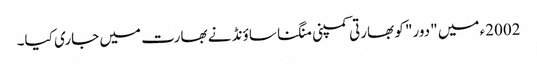
2002ء میں "دور" کو بھارتی کمپنی منگنا ساؤنڈ نے بھارت میں جاری کیا۔